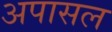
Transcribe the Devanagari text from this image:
अपासल